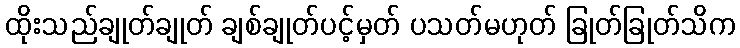
ထိုးသည်ချုတ်ချုတ် ချစ်ချုတ်ပင့်မှတ် ပသတ်မဟုတ် ခြုတ်ခြုတ်သိက